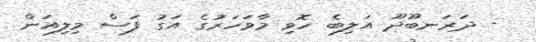
- ދަރަނބޫދޫ އަލިބެ ހޮވި މާވަހަރުގެ އަގު ފަސް މިލިއަން